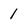
Character: 1